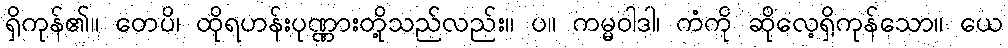
ရှိကုန်၏။ တေပိ၊ ထိုရဟန်းပုဏ္ဏားတို့သည်လည်း။ ပ။ ကမ္မဝါဒါ၊ ကံကို ဆိုလေ့ရှိကုန်သော။ ယေ